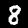
Digit: 8